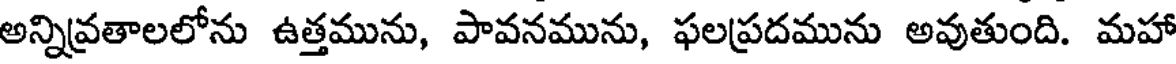
అన్నివ్రతాలలోను ఉత్తమును, పావనమును, ఫలప్రదమును అవుతుంది. మహా